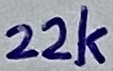
Text: 22k